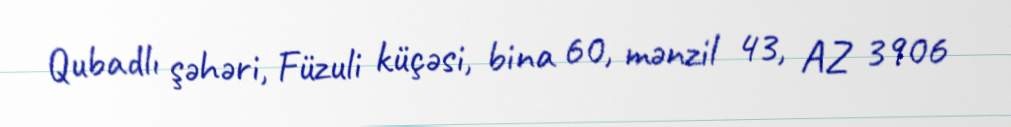
Qubadlı şəhəri, Füzuli küçəsi, bina 60, mənzil 43, AZ 3906